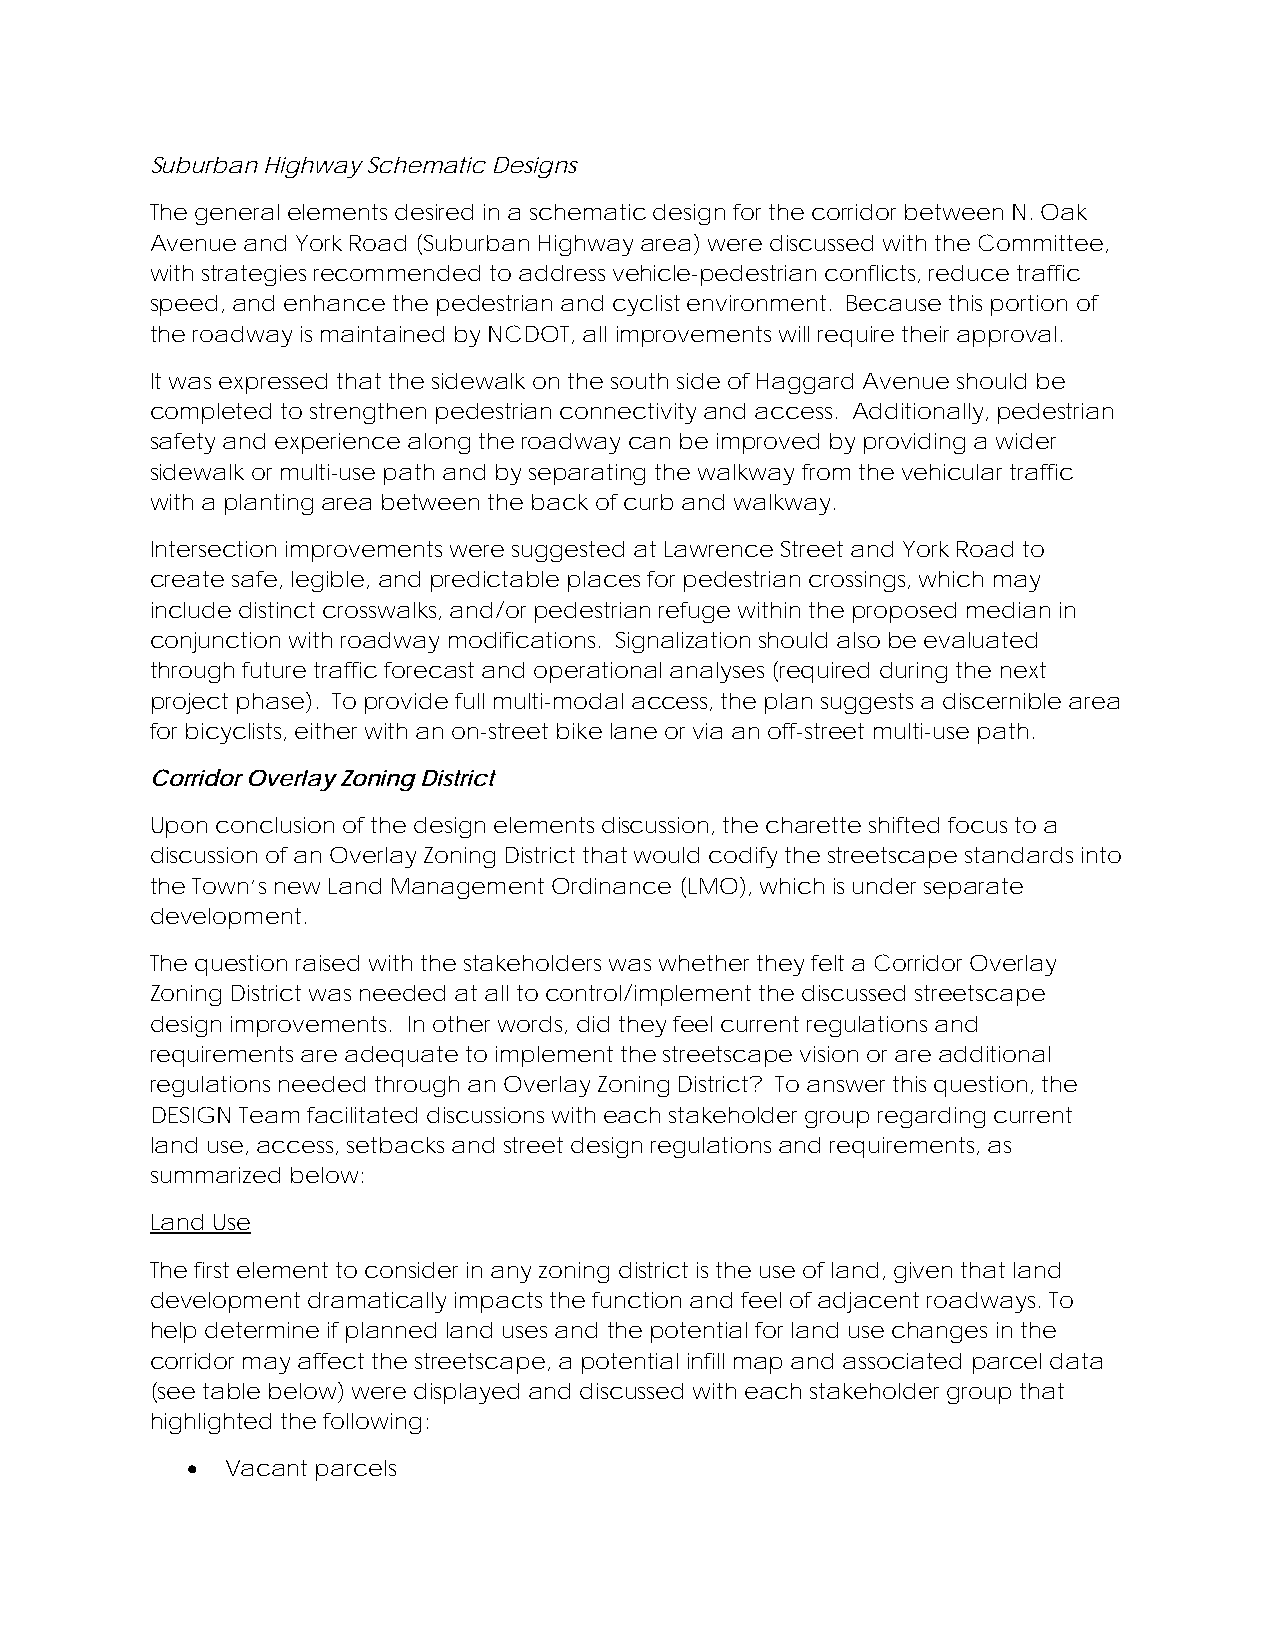
Suburban Highway Schematic Designs
 The general elements desired in a schematic design for the corridor between N. Oak
 Avenue and York Road (Suburban Highway area) were discussed with the Committee,
 with strategies recommended to address vehicle-pedestrian conflicts, reduce traffic
 speed, and enhance the pedestrian and cyclist environment. Because this portion of
 the roadway is maintained by NCDOT, all improvements will require their approval.
 It was expressed that the sidewalk on the south side of Haggard Avenue should be
 completed to strengthen pedestrian connectivity and access. Additionally, pedestrian
 safety and experience along the roadway can be improved by providing a wider
 sidewalk or multi-use path and by separating the walkway from the vehicular traffic
 with a planting area between the back of curb and walkway.
 Intersection improvements were suggested at Lawrence Street and York Road to
 create safe, legible, and predictable places for pedestrian crossings, which may
 include distinct crosswalks, and/or pedestrian refuge within the proposed median in
 conjunction with roadway modifications. Signalization should also be evaluated
 through future traffic forecast and operational analyses (required during the next
 project phase). To provide full multi-modal access, the plan suggests a discernible area
 for bicyclists, either with an on-street bike lane or via an off-street multi-use path.
 Corridor Overlay Zoning District
 Upon conclusion of the design elements discussion, the charette shifted focus to a
 discussion of an Overlay Zoning District that would codify the streetscape standards into
 the Town’s new Land Management Ordinance (LMO), which is under separate
 development.
 The question raised with the stakeholders was whether they felt a Corridor Overlay
 Zoning District was needed at all to control/implement the discussed streetscape
 design improvements. In other words, did they feel current regulations and
 requirements are adequate to implement the streetscape vision or are additional
 regulations needed through an Overlay Zoning District? To answer this question, the
 DESIGN Team facilitated discussions with each stakeholder group regarding current
 land use, access, setbacks and street design regulations and requirements, as
 summarized below:
 Land Use
 The first element to consider in any zoning district is the use of land, given that land
 development dramatically impacts the function and feel of adjacent roadways. To
 help determine if planned land uses and the potential for land use changes in the
 corridor may affect the streetscape, a potential infill map and associated parcel data
 (see table below) were displayed and discussed with each stakeholder group that
 highlighted the following:
   Vacant parcels